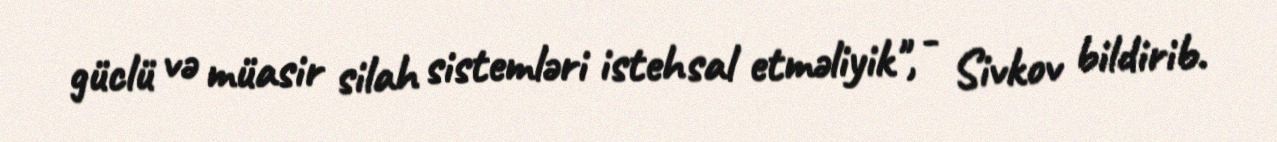
güclü və müasir silah sistemləri istehsal etməliyik", - Sivkov bildirib.